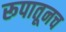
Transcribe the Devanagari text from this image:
रूपातूनच